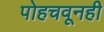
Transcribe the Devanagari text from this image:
पोहचवूनही